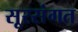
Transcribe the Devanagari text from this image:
सूरसंगत